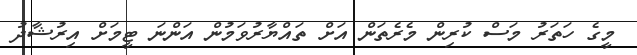
މީގެ ހަތަރު މަސް ކުރިން މެރެތަން އަށް ތައްޔާރުވަމުން އަންނަ ޓީމަށް އިރުޝާދު